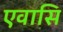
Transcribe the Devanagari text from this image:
एवासि